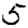
Digit: 5